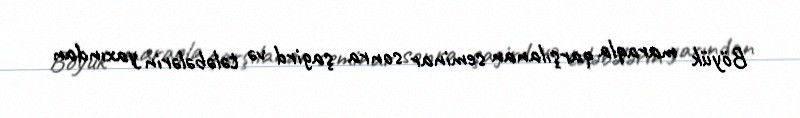
Böyük maraqla qarşılanan seminar sonra şagird və tələbələrin yaxından